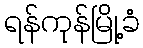
ရန်ကုန်မြို့ခံ